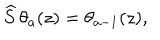
\widehat { S } \, \theta _ { a } ( z ) = \theta _ { a - 1 } ( z ) ,